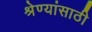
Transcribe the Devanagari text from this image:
श्रेण्यांसाठी